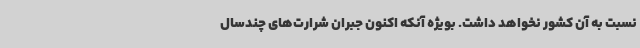
نسبت به آن کشور نخواهد داشت. بویژه آنکه اکنون جبران شرارت‌های چندسال